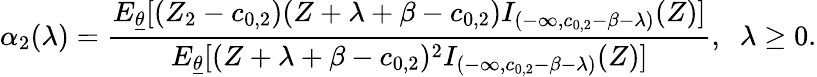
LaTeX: \alpha_{2}(\lambda)=\frac{E_{\underline{{\theta}}}[(Z_{2}-c_{0,2})(Z+\lambda+\beta-c_{0,2})I_{(-\infty,c_{0,2}-\beta-\lambda)}(Z)]}{E_{\underline{{\theta}}}[(Z+\lambda+\beta-c_{0,2})^{2}I_{(-\infty,c_{0,2}-\beta-\lambda)}(Z)]},\; \; \lambda\geq 0.